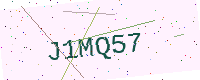
Text: J1MQ57